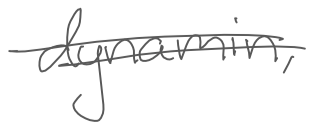
Text: dynamin,
Cross-out: double-line
Writing tool: digital_gray